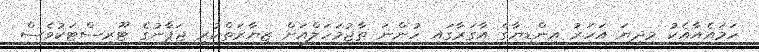
ހަމައެއާއެކު މިދިޔަ އަހަރު އިންޑިޔާގެ އާގަރާގައި ހުންނަ ތާޖުމަހަލްއަށް ޒިޔާރަތްކުރި ޖަޕާނުގެ ޓޫރިސްޓަކުވެސް